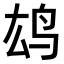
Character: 𫠖